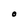
Character: O